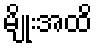
မျိုးအထိ